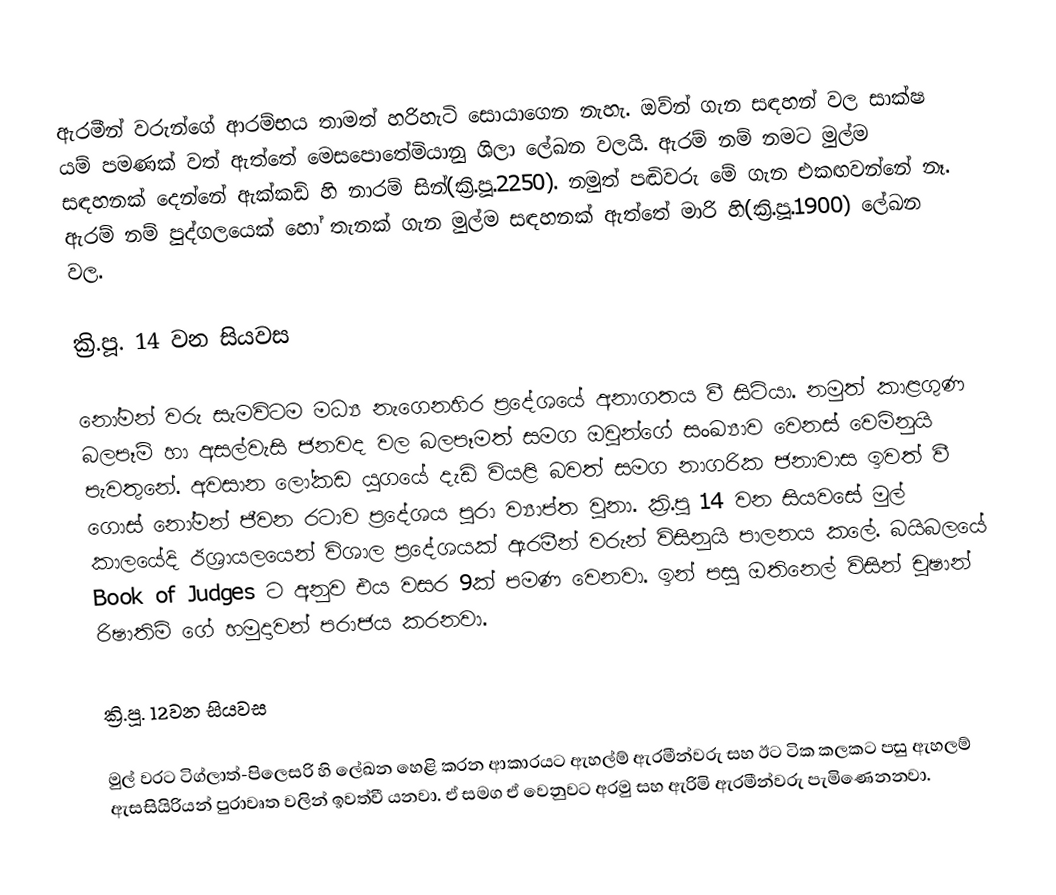
ඇරමීන් වරුන්ගේ ආරම්භය තාමත් හරිහැටි සොයාගෙන නැහැ. ඔව්න් ගැන සඳහන් වල සාක්ෂ යම් පමණක් වත් ඇත්තේ මෙසපොතේමියානු ශිලා ලේඛන වලයි. ඇරම් නම් නමට මුල්ම සඳහනක් දෙන්නේ ඇක්කඩ් හි නාරම් සින්(ක්‍රි.පූ.2250). නමුත් පඬිවරු මේ ගැන එකඟවන්නේ නෑ. ඇරම් නම් පුද්ගලයෙක් හෝ තැනක් ගැන මුල්ම සඳහනක් ඇත්තේ මාරි හි(ක්‍රි.පූ.1900) ලේඛන වල.

ක්‍රි.පූ. 14 වන සියවස

නෝමන් වරු සැමවිටම මධ්‍ය නැගෙනහිර ප්‍රදේශයේ අනාගතය වී සිටියා. නමුත් කාළගුණ බලපෑම් හා අසල්වැසි ජනවද වල බලපෑමත් සමග ඔවුන්ගේ සංඛ්‍යාව වෙනස් වෙමිනුයි පැවතුනේ.  අවසාන ලෝකඩ යුගයේ දැඩි වියළි බවත් සමග නාගරික ජනාවාස ඉවත් වී ගොස් නෝමන් ජීවන රටාව ප්‍රදේශය පුරා ව්‍යාප්ත වුනා. ක්‍රි.පූ 14 වන සියවසේ මුල් කාලයේදි ඊශ්‍රායලයෙන් විශාල ප්‍රදේශයක් ඇරමීන් වරුන් විසිනුයි පාලනය කලේ.  බයිබලයේ Book of Judges ට අනුව එය වසර 9ක් පමණ වෙනවා. ඉන් පසු ඔතිනෙල් විසින් චුෂාන් රිෂාතිම් ගේ හමුදාවන් පරාජය කරනවා.

ක්‍රි.පූ. 12වන සියවස

මුල් වරට ටිග්ලාත්-පිලෙසරි හි ලේඛන හෙළි කරන ආකාරයට ඇහල්ම් ඇරමීන්වරු සහ ඊට ටික කලකට පසු ඇහලම් ඇසසියිරියන් පුරාවෘත වලින් ඉවත්වී යනවා. ඒ සමග ඒ වෙනුවට අරමු සහ ඇරිමි ඇරමීන්වරු පැමිණෙනනවා.